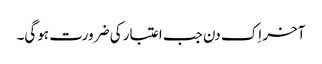
آخر اِک دن جب اعتبار کی ضرورت ہوگی۔